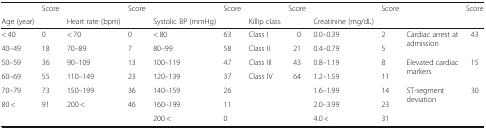
<table><thead><tr><td></td><td><b>Score</b></td><td></td><td><b>Score</b></td><td></td><td><b>Score</b></td><td></td><td><b>Score</b></td><td></td><td><b>Score</b></td><td></td><td><b>Score</b></td></tr><tr><td><b>Age (year)</b></td><td></td><td><b>Heart rate (bpm)</b></td><td></td><td><b>Systolic BP (mmHg)</b></td><td></td><td><b>Killip class</b></td><td></td><td><b>Creatinine (mg/dL)</b></td><td></td><td></td><td></td></tr></thead><tbody><tr><td>&lt; 40</td><td>0</td><td>&lt; 70</td><td>0</td><td>&lt; 80</td><td>63</td><td>Class I</td><td>0</td><td>0.0–0.39</td><td>2</td><td rowspan="2">Cardiac arrest at admission</td><td rowspan="2">43</td></tr><tr><td>40–49</td><td>18</td><td>70–89</td><td>7</td><td>80–99</td><td>58</td><td>Class II</td><td>21</td><td>0.4–0.79</td><td>5</td></tr><tr><td>50–59</td><td>36</td><td>90–109</td><td>13</td><td>100–119</td><td>47</td><td>Class III</td><td>43</td><td>0.8–1.19</td><td>8</td><td rowspan="2">Elevated cardiac markers</td><td rowspan="2">15</td></tr><tr><td>60–69</td><td>55</td><td>110–149</td><td>23</td><td>120–139</td><td>37</td><td>Class IV</td><td>64</td><td>1.2–1.59</td><td>11</td></tr><tr><td>70–79</td><td>73</td><td>150–199</td><td>36</td><td>140–159</td><td>26</td><td></td><td></td><td>1.6–1.99</td><td>14</td><td rowspan="2">ST-segment deviation</td><td rowspan="2">30</td></tr><tr><td>80 &lt;</td><td>91</td><td>200 &lt;</td><td>46</td><td>160–199</td><td>11</td><td></td><td></td><td>2.0–3.99</td><td>23</td></tr><tr><td></td><td></td><td></td><td></td><td>200 &lt;</td><td>0</td><td></td><td></td><td>4.0 &lt;</td><td>31</td><td></td><td></td></tr></tbody></table>